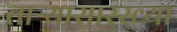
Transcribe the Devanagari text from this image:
ताऱ्यासारख्या